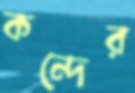
কন্দের